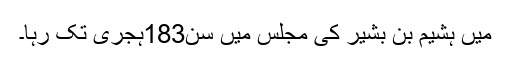
میں ہشیم بن بشیر کی مجلس میں سن183ہجری تک رہا۔